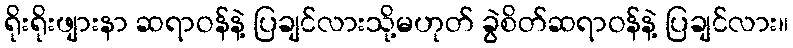
ရိုးရိုးဖျားနာ ဆရာဝန်နဲ့ ပြချင်လားသို့မဟုတ် ခွဲစိတ်ဆရာဝန်နဲ့ ပြချင်လား။